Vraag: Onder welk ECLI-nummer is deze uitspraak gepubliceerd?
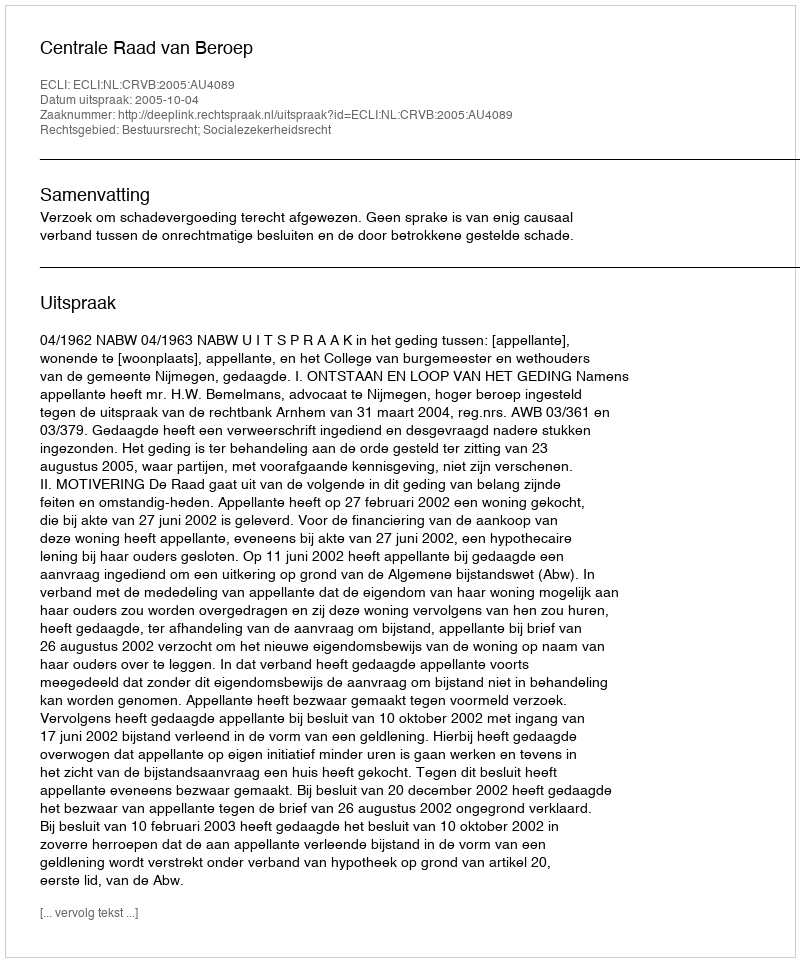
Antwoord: ECLI:NL:CRVB:2005:AU4089